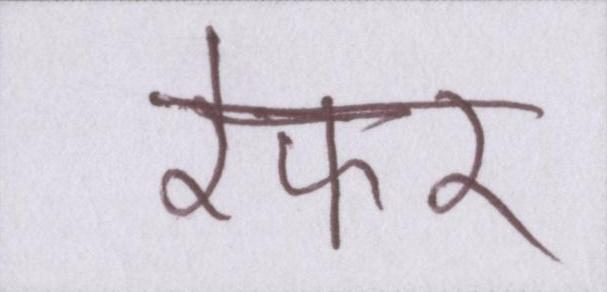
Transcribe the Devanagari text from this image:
रेफर